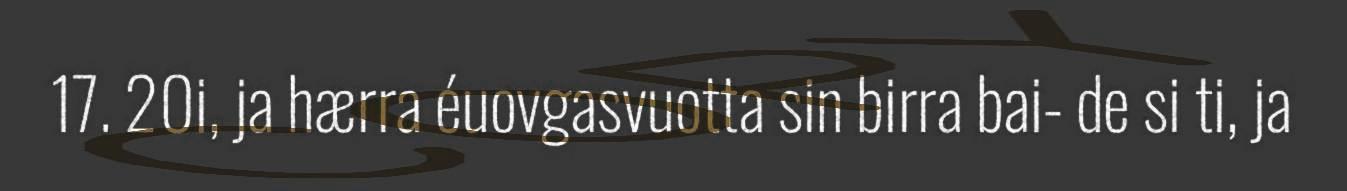
17. 20i, ja hærra éuovgasvuotta sin birra bai- de si ti, ja